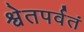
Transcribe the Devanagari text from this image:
श्वेतपर्वतं